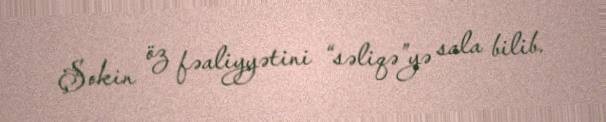
Şokin öz fəaliyyətini “səliqə”yə sala bilib.